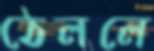
ঠেললে